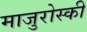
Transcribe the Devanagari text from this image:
माजुरोस्की